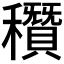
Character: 𥣶